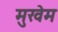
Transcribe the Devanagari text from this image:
मुखॆम